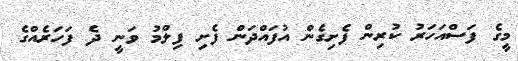
މީގެ ފަސްއަހަރު ކުރިން ފެށިގެން އުފައްދަން ފެށި ފިލްމު ވަނީ ދެ ފަހަރެއްގެ